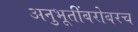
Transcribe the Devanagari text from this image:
अनुभूतींबरोबरच